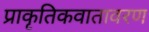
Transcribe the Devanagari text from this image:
प्राकृतिकवातावरण